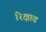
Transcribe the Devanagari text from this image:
रिक्षात